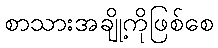
စာသားအချို့ကိုဖြစ်စေ